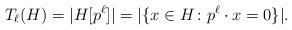
LaTeX: \begin{align*}T_{\ell}(H) = |H[p^{\ell}]| = |\{x\in H\colon p^\ell \cdot x = 0\}|.\end{align*}